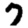
Digit: 7